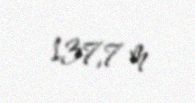
137,7 m